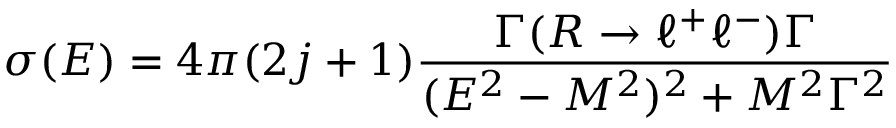
\sigma ( E ) = 4 \pi ( 2 j + 1 ) \frac { \Gamma ( R \to \ell ^ { + } \ell ^ { - } ) \Gamma } { ( E ^ { 2 } - M ^ { 2 } ) ^ { 2 } + M ^ { 2 } \Gamma ^ { 2 } }